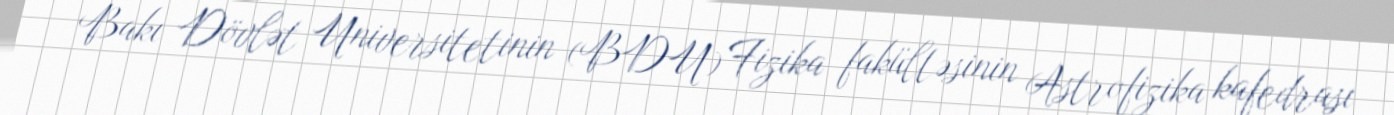
Bakı Dövlət Universitetinin (BDU) Fizika fakültəsinin Astrofizika kafedrası